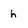
Character: h